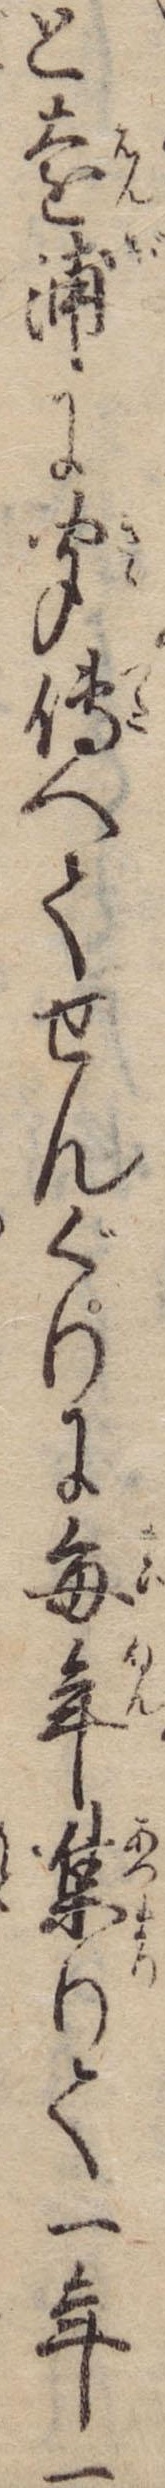
と遠浦に聞伝へてせんぐりに毎年集りて一年一